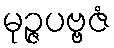
မုဉ္ဇပဗ္ဗဇံ